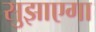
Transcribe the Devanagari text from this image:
सुझाएगा